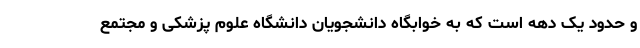
و حدود یک دهه است که به خوابگاه دانشجویان دانشگاه علوم پزشکی و مجتمع